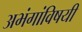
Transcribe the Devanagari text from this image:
अभंगांविषयी